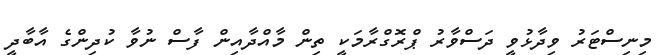
މިނިސްޓަރު ވިދާޅުވީ ދަސްވާރު ޕްރޮގްރާމަކީ ތިން މާއްދާއިން ފާސް ނުވާ ކުދިންގެ އާބާދީ